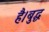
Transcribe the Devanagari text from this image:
है।बुद्ध